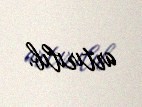
artırılıb.